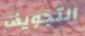
التجويف